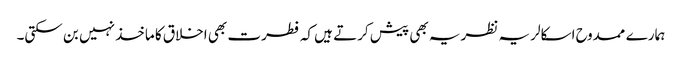
ہمارے ممدوح اسکالر یہ نظریہ بھی پیش کرتے ہیں کہ فطرت بھی اخلاق کا ماخذ نہیں بن سکتی۔